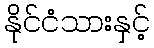
နိုင်ငံသားနှင့်